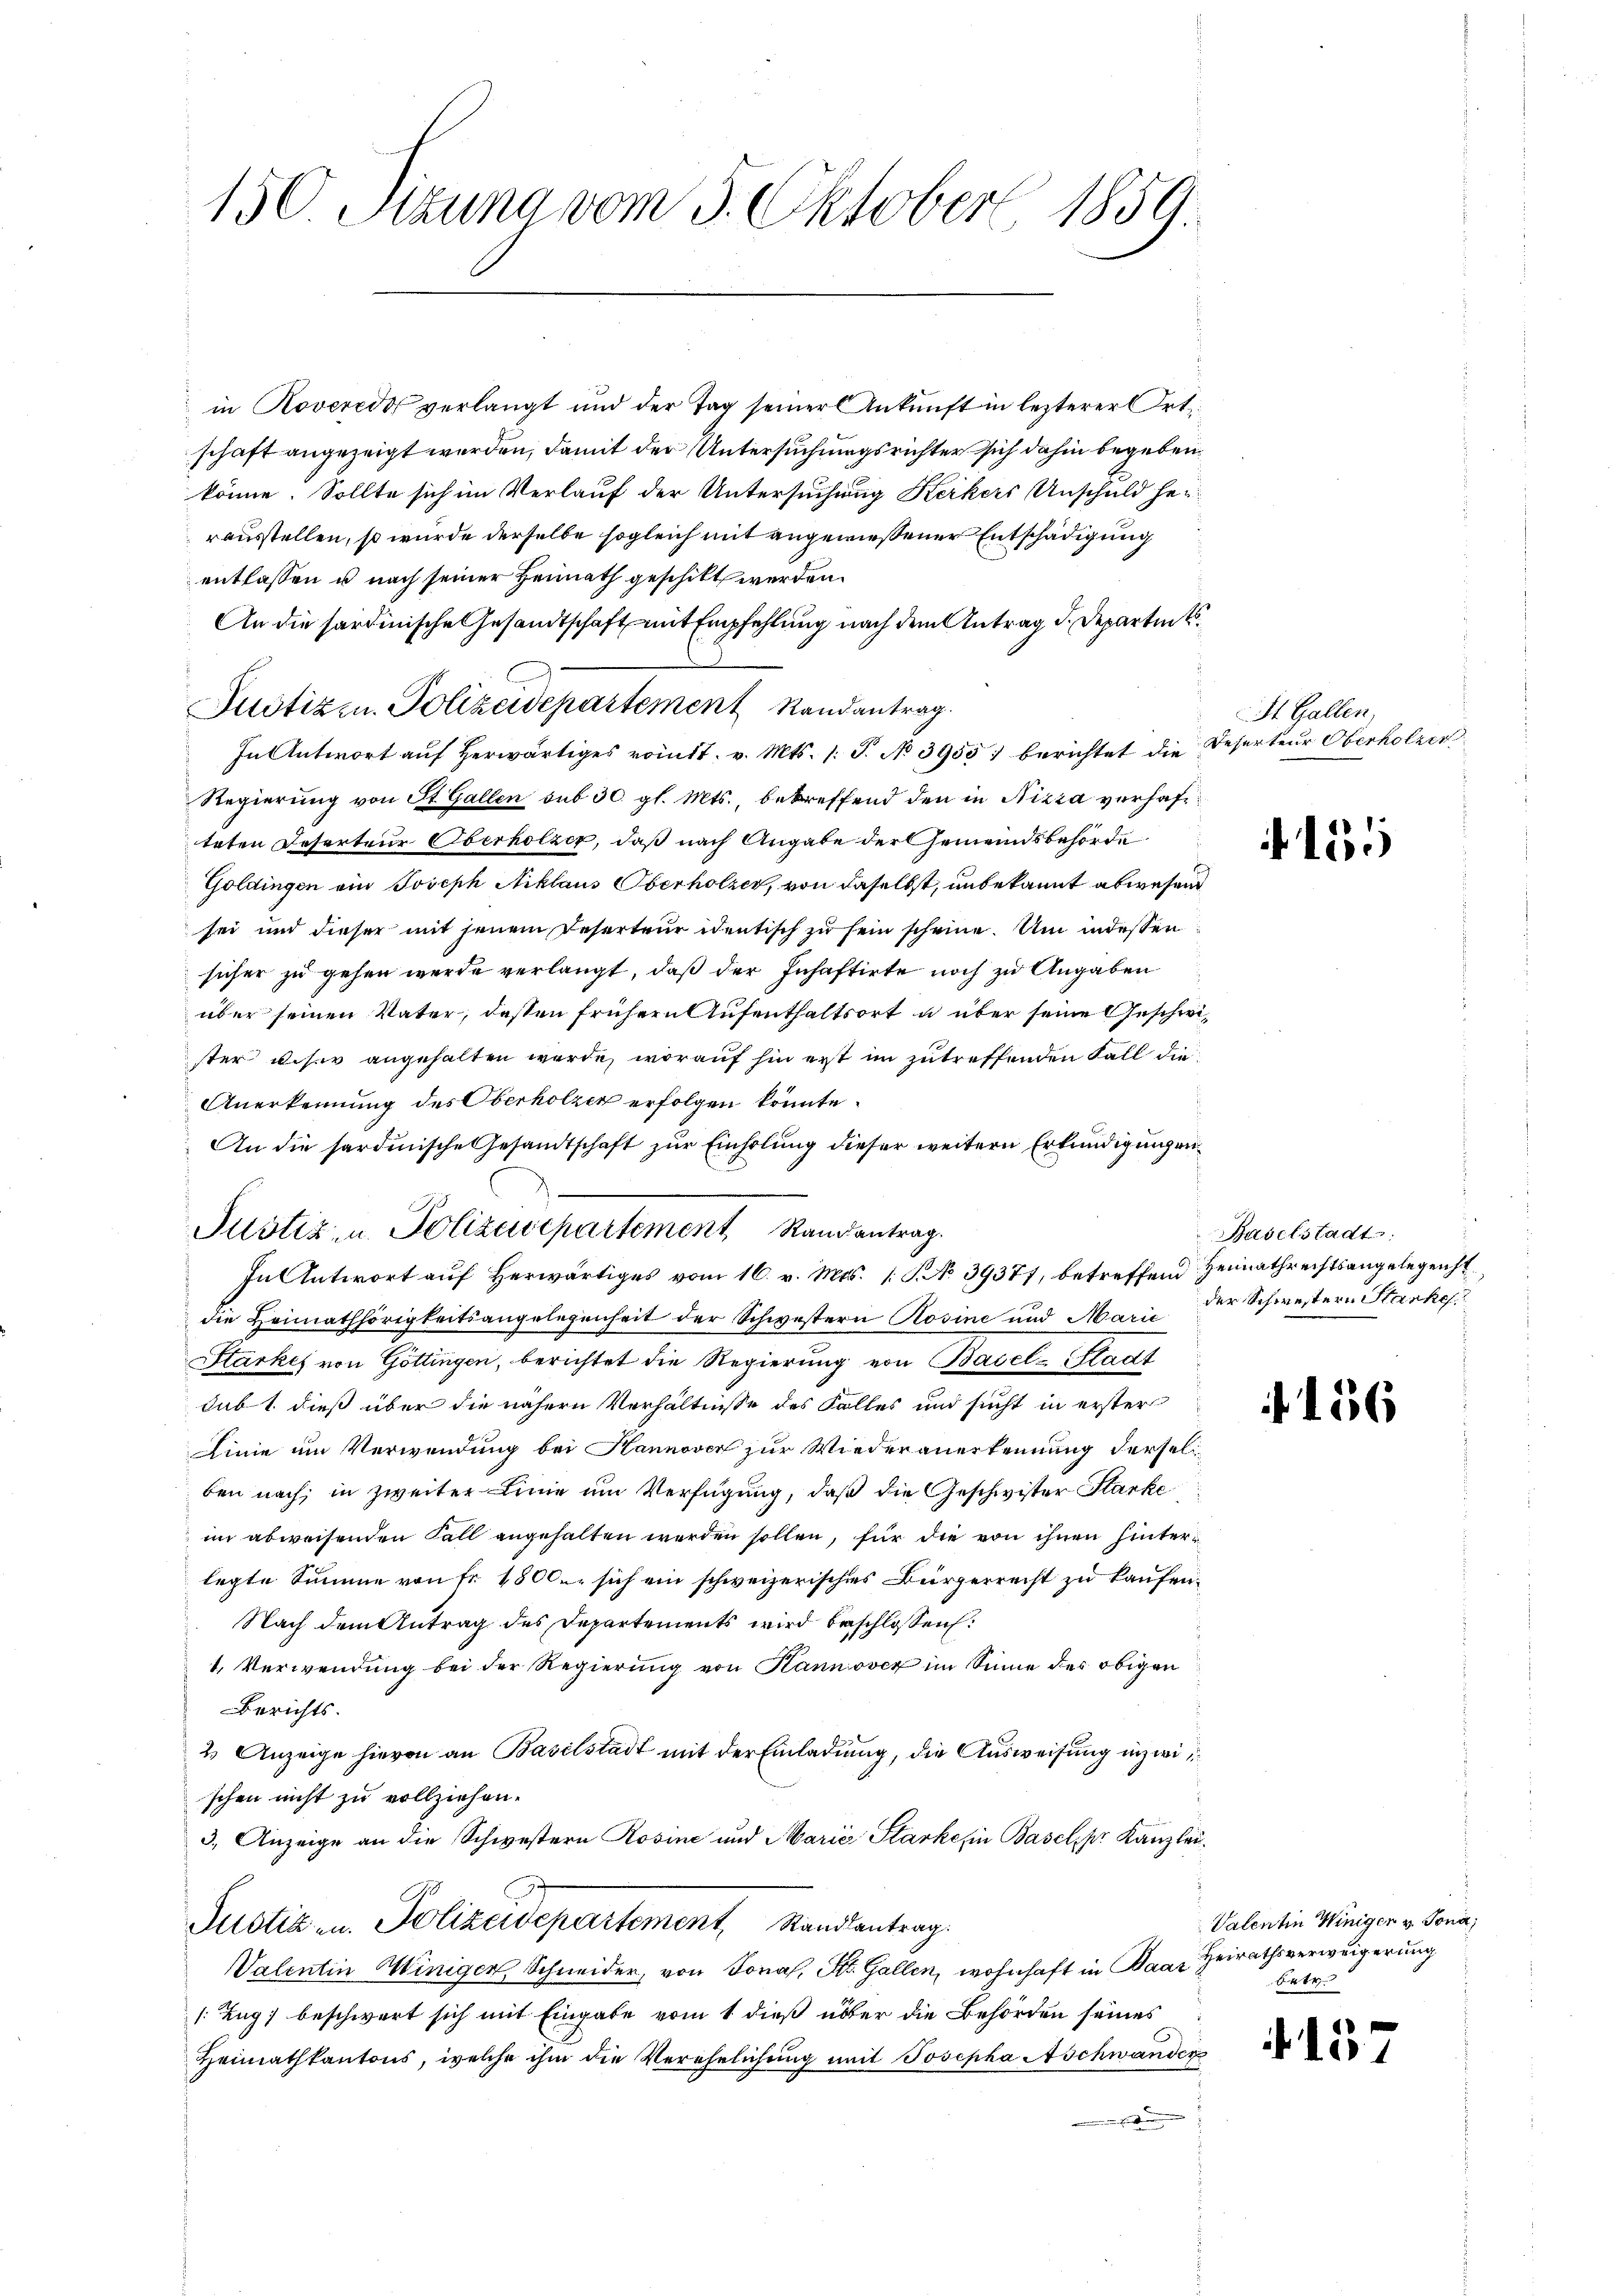
150 Atzuna vom 3. Oktober 1859.

in Roveredo verlangt und der Tag seiner Ankunft in lezterer Ortschaft angezeigt werden, damit der Untersuchungsrichter sich dahin begeben,
könne. Sollte sich im Verlauf der Untersuchung Kerkers Anschuld her-
rausstellen, so wurde derselbe sogleich mit angewiesener Entschädigung
entlassen u nach seiner Heimath geschikt werden.
An die sardinische Gesandtschaft mit Empfehlung nach dem Antrag d. Departin
Justiz u. Polizeidepartement Randantrag.
In Antwort auf herwärtiges vom 7. v. Mts. 1. J. No 3955) berichtet die
Regierung von St. Gallen sub 30. gl. Mts., betreffend den in Nizza verhafteten Deserteur Oberholzer, daß nach Angabe der Gemeindsbehörde
Goldingen ein Joseph Aiklaus Oberholzer, von daselbst, unbekannt abwesend
sei und dieser mit jenem Reserteur identisch zu sein scheine. Um indessen
sicher zu gehen werde verlangt, daß der Inhaftirte noch zu Angaben
über seinen Vater, dessen frühern Aufenthaltsort u über seine Geschwister unser angehalten werde, worauf hin erst im zutreffenden Fall die
Anerkennung des Oberholzer erfolgen könnte.
An die sardinische Gesandtschaft zur Einholung dieser weitern Erkundigungen
In Antwort aŭf herwärtiges vom 16. v. Mts. 19. No. 39377, betreffend Heimathrechtsangelegenst
die Heimathörigkeitsangelegenheit der Schwestern Rosine und Marie
Starkes von Göttingen, berichtet die Regierung von Basel-Stadt
subt dieß über die nähern Verhältnisse des Falles und sucht in erster
Linie im Verwendung bei Hannover zur Wiederanerkennung dersel
ben nach, in zweiter Linie um Verfügung, daß die Geschwister Starke
im abweisenden Fall angehalten werden sollen, für die von ihnen hinterlegte Summe von fr. 1800. sich ein schweizerisches Bürgerrecht zu kaufen.
Nach dem Antrag des Departements wird beschlossen:
1. Verwendung bei der Regierung von Hannover im Sinne des obigen
Berichts.
2 Anzeige hievon an Baselstadt mit der Einladung, die Ausweisung inzwi
schen nicht zu vollziehen.
3.) Anzeige an die Schwestern Rosine und Marie Starke in Basel, pr. Kanzlei¬
Justiz in Polizeidepartement, Randantrag.
Valentin Winiger, Schneider, von Jonas, St. Gallen, wohnhaft in Baar Heirathsverweigerung
/Zug; beschwert sich mit Eingabe vom 1 dieß über die Behörden seines
Heimathkantons, welche ihm die Verehelichŭng mit Josepha Aschwander

Justiz, u. Polizeisepartement Randantrag.

St. Gallen,
Deserteur Oberholzer

1555

Baselstadt
der Schwestern Starke

156

Valentin Winigen v. Tona;
betr.

.157